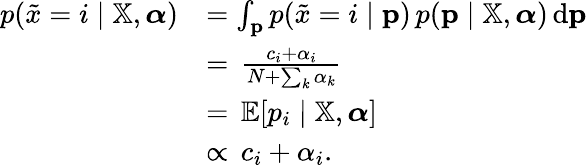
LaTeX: {\begin{array}{rl}{p({\tilde{x}}=i\mid\mathbb{X},{\boldsymbol{\alpha}})}&{=\int_{\mathbf{p}}p({\tilde{x}}=i\mid\mathbf{p})\, p(\mathbf{p}\mid\mathbb{X},{\boldsymbol{\alpha}})\, {\textrm{d}}\mathbf{p}}\\ &{=\, {\frac{c_{i}+\alpha_{i}}{N+\sum_{k}\alpha_{k}}}}\\ &{=\, \mathbb{E}[p_{i}\mid\mathbb{X},{\boldsymbol{\alpha}}]}\\ &{\propto\, c_{i}+\alpha_{i}.}\end{array}}